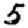
Digit: 5